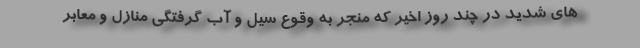
های شدید در چند روز اخیر که منجر به وقوع سیل و آب گرفتگی منازل و معابر